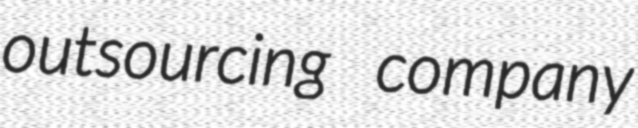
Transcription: outsourcing company